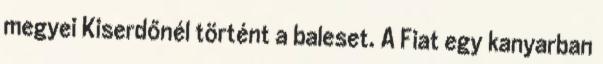
megyei Kiserdőnél történt a baleset. A Fiat egy kanyarban